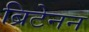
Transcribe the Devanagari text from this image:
ब्रिटेनन